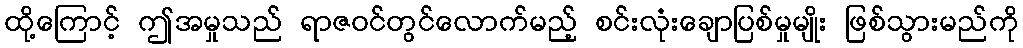
ထို့ကြောင့် ဤအမှုသည် ရာဇဝင်တွင်လောက်မည့် စင်းလုံးချောပြစ်မှုမျိုး ဖြစ်သွားမည်ကို